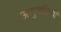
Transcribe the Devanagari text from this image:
अणुशक्तियाँ